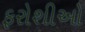
ફરોશીઓ